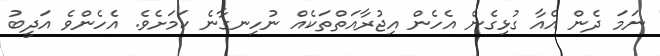
ނަމަ ދެން އެއާ ގުޅިގެން އެހެން އިޖުރާއަތްތަކެއް ނުހިނގާނެ ކަމަށެވެ. އެހެންވެ އަދީބު